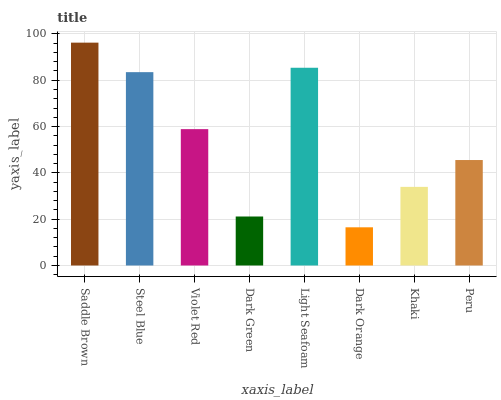
| xaxis_label | bars |
 | --- | --- |
 | Saddle Brown | 96.2 |
 | Steel Blue | 83.5 |
 | Violet Red | 58.9 |
 | Dark Green | 21.2 |
 | Light Seafoam | 85.4 |
 | Dark Orange | 16.5 |
 | Khaki | 34 |
 | Peru | 45.5 |